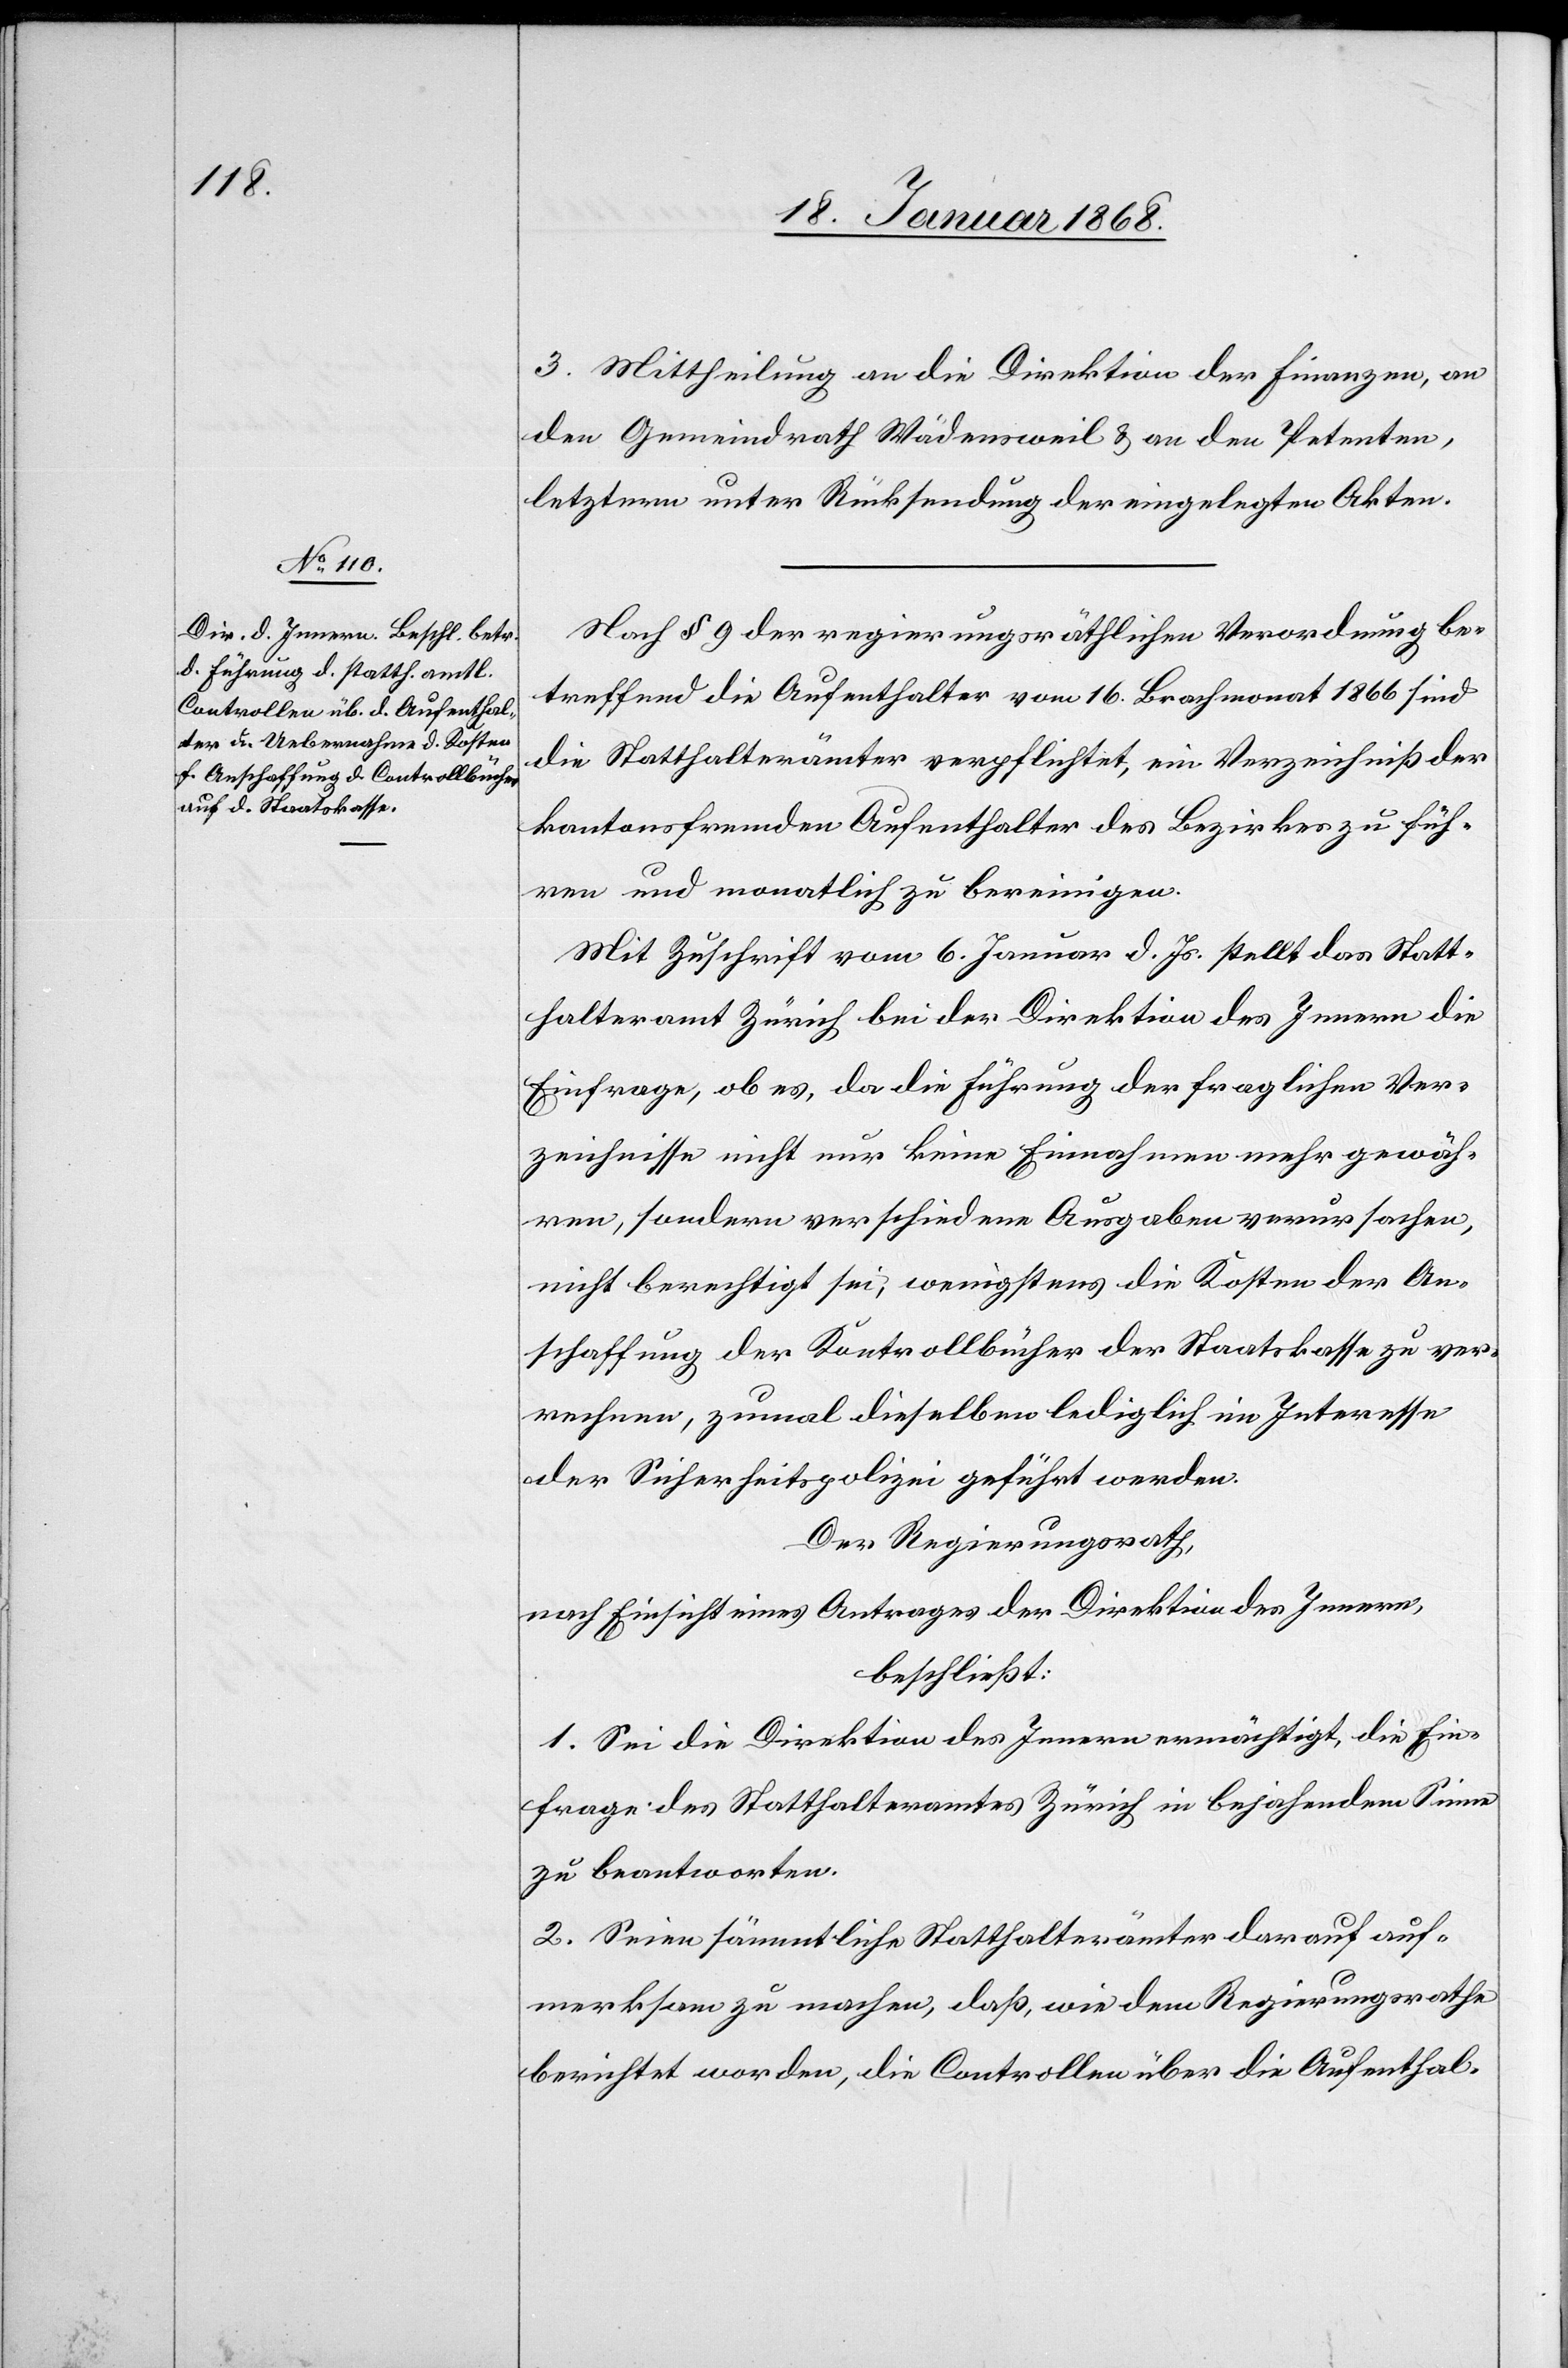
3. Mittheilung an die Direktion der Finanzen, an
den Gemeindrath Wädensweil & an den Petenten,
letztern unter Rücksendung der eingelegten Akten.
Nach § 9 der regierungsräthlichen Verordnung be¬
treffend die Aufenthalter vom 16. Brachmonat 1866 sind
die Statthalterämter verpflichtet, ein Verzeichniß der
kantonsfremden Aufenthalter des Bezirkes zu füh¬
ren und monatlich zu bereinigen.
Mit Zuschrift vom 6. Januar d. Js. stellt das Statt¬
halteramt Zürich bei der Direktion des Innern die
Einfrage, ob es, da die Führung der fraglichen Ver¬
zeichnisse nicht nur keine Einnahmen mehr gewäh¬
ren, sondern verschiedene Ausgaben verursachen,
nicht berechtigt sei, wenigstens die Kosten der An¬
schaffung der Kontrollbücher der Staatskasse zu ver¬
rechnen, zumal dieselben lediglich im Interesse
der Sicherheitspolizei geführt werden.
Der Regierungsrath,
nach Einsicht eines Antrages der Direktion des Innern,
beschließt:
1. Sei die Direktion des Innern ermächtigt, die Ein¬
frage des Statthalteramtes Zürich in bejahendem Sinne
zu beantworten.
2. Seien sämmtliche Statthalterämter darauf auf¬
merksam zu machen, daß, wie dem Regierungsrathe
berichtet worden, die Controllen über die Aufenthal-